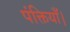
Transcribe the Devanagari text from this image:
पंक्तियाँ।